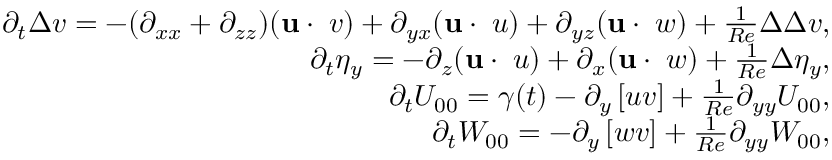
\begin{array} { r } { \partial _ { t } \Delta v = - ( \partial _ { x x } + \partial _ { z z } ) ( \mathbf { u } \cdot \mathbf { \nabla } v ) + \partial _ { y x } ( \mathbf { u } \cdot \mathbf { \nabla } u ) + \partial _ { y z } ( \mathbf { u } \cdot \mathbf { \nabla } w ) + \frac { 1 } { R e } \Delta \Delta v , } \\ { \partial _ { t } \eta _ { y } = - \partial _ { z } ( \mathbf { u } \cdot \mathbf { \nabla } u ) + \partial _ { x } ( \mathbf { u } \cdot \mathbf { \nabla } w ) + \frac { 1 } { R e } \Delta \eta _ { y } , } \\ { \partial _ { t } U _ { 0 0 } = \gamma ( t ) - \partial _ { y } \left[ u v \right] + \frac { 1 } { R e } \partial _ { y y } U _ { 0 0 } , } \\ { \partial _ { t } W _ { 0 0 } = - \partial _ { y } \left[ w v \right] + \frac { 1 } { R e } \partial _ { y y } W _ { 0 0 } , } \end{array}